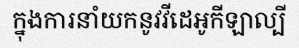
ក្នុងការនាំយកនូវវីដេអូកីឡាល្បី